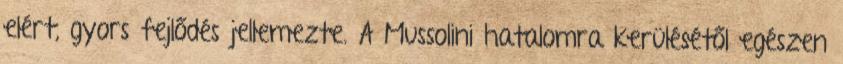
elért, gyors fejlődés jellemezte. A Mussolini hatalomra kerülésétől egészen